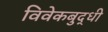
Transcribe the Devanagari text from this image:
विवेकबुद्धी